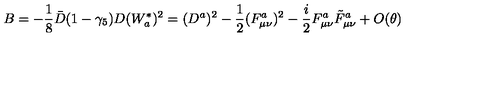
B = - \frac { 1 } { 8 } \bar { D } ( 1 - \gamma _ { 5 } ) D ( W _ { a } ^ { * } ) ^ { 2 } = ( D ^ { a } ) ^ { 2 } - \frac { 1 } { 2 } ( F _ { \mu \nu } ^ { a } ) ^ { 2 } - \frac { i } { 2 } F _ { \mu \nu } ^ { a } \tilde { F } _ { \mu \nu } ^ { a } + O ( \theta )